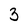
Character: 3